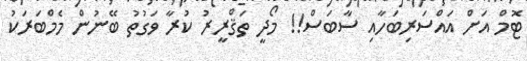
ޓޮމް އަށް އައްސަރިބަހާއި ސާބަސް!! މޯދީ ތަޤްރީރު ކުރާ ވަގުތު ބޭނުން މެމްބަރަކު